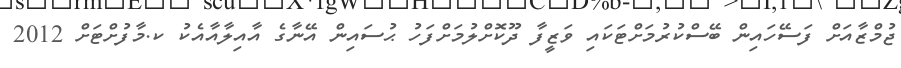
ޖުމްޒާއަށް ފަސޭހައިން ބޭސްކުރުމަށްޓަކައި ވަޒީފާ ދޫކޮށްލުމަށްފަހު ޙުސައިން އޭނާގެ އާއިލާއާއެކު ކ.މާފުށްޓަށް 2012